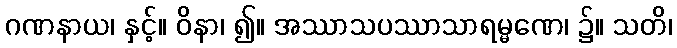
ဂဏနာယ၊ နှင့်။ ဝိနာ၊ ၍။ အဿာသပဿာသာရမ္မဏေ၊ ၌။ သတိ၊